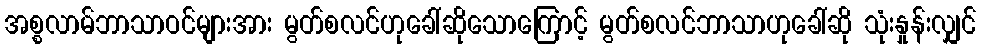
အစ္စလာမ်ဘာသာဝင်များအား မွတ်စလင်ဟုခေါ်ဆိုသောကြောင့် မွတ်စလင်ဘာသာဟုခေါ်ဆို သုံးနှုန်းလျှင်